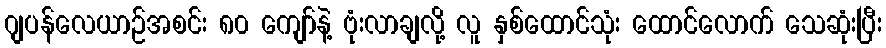
ဂျပန်လေယာဉ်အစင်း ၈၀ ကျော်နဲ့ ဗုံးလာချလို့ လူ နှစ်ထောင်သုံး ထောင်လောက် သေဆုံးပြီး